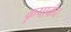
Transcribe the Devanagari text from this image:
कृपाकंद